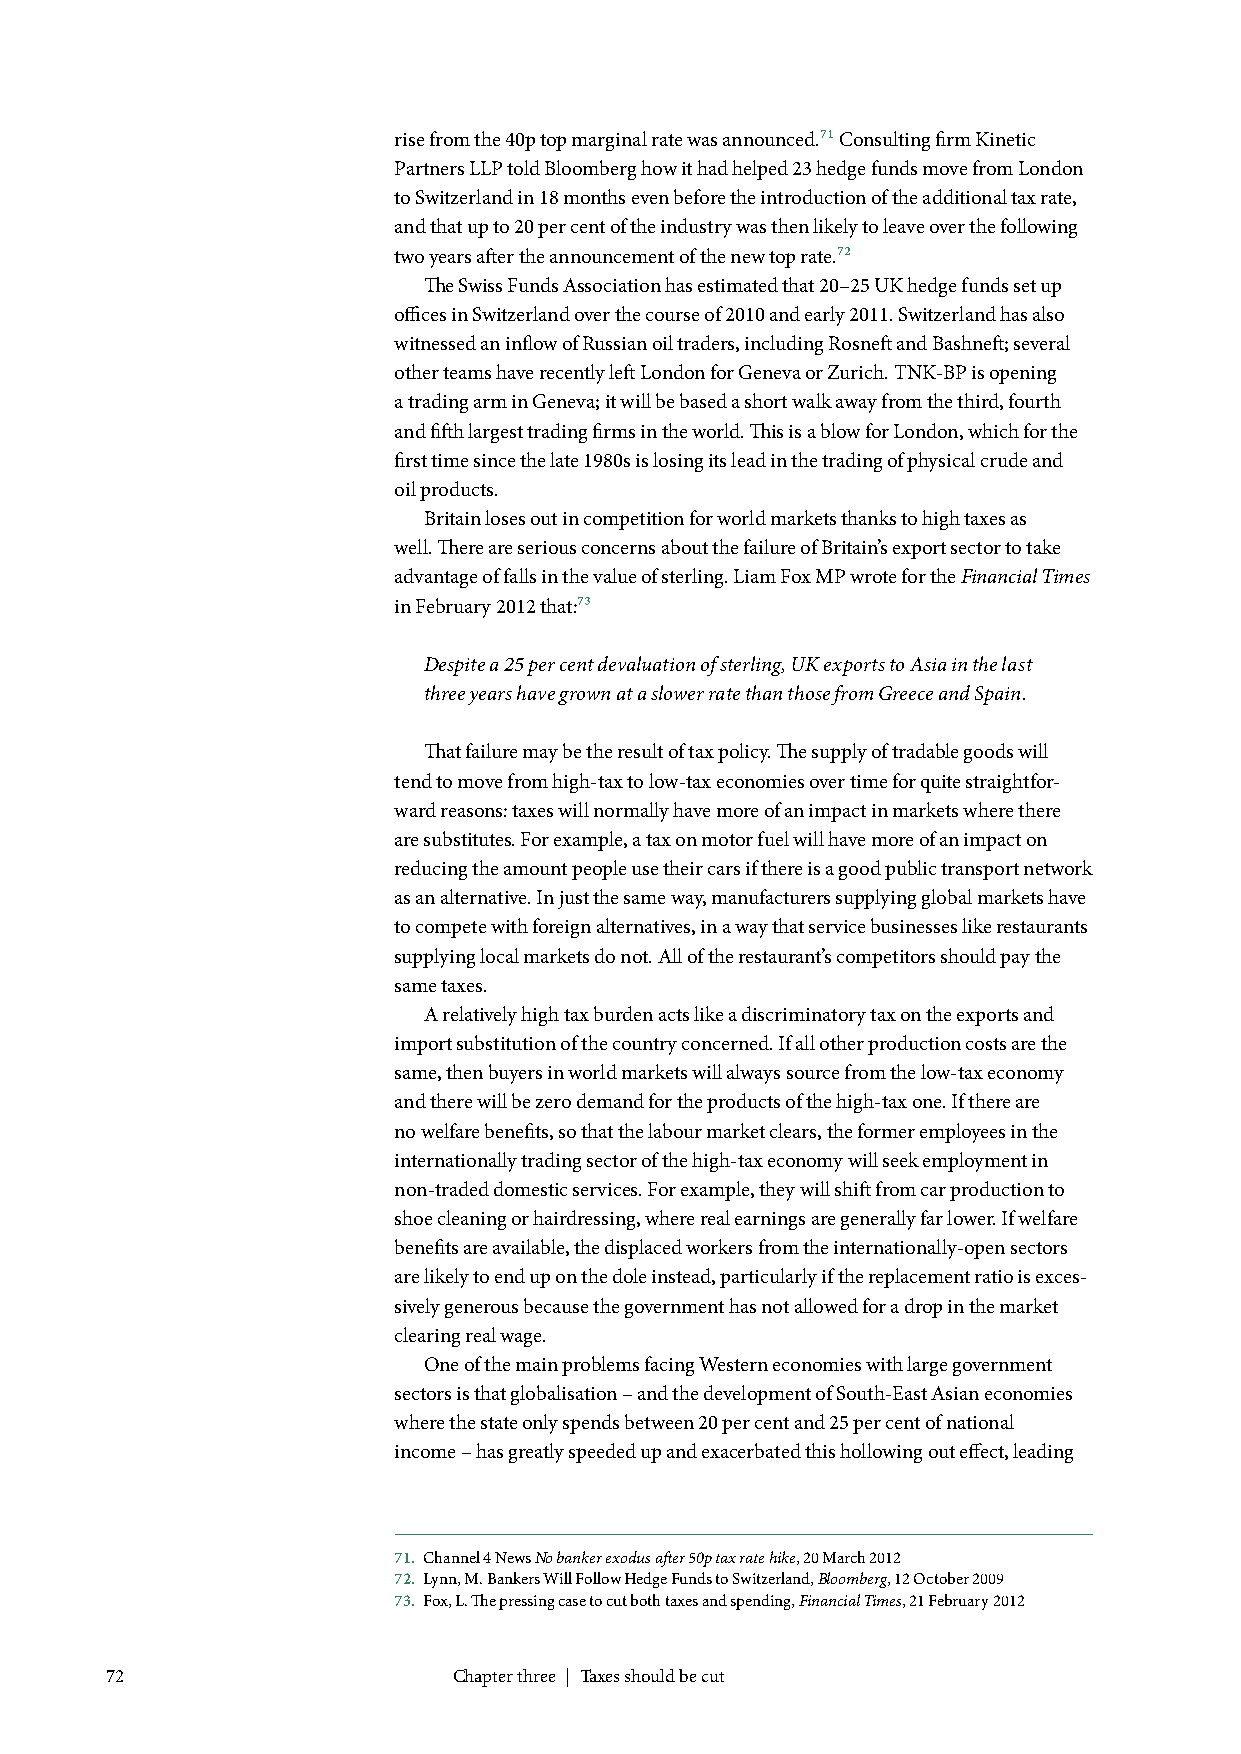
rise from the 40p top marginal rate was announced.71 Consulting firm Kinetic
 Partners LLP told Bloomberg how it had helped 23 hedge funds move from London
 to Switzerland in 18 months even before the introduction of the additional tax rate,
 and that up to 20 per cent of the industry was then likely to leave over the following
 two years after the announcement of the new top rate.72
 The Swiss Funds Association has estimated that 20–25 UK hedge funds set up
 offices in Switzerland over the course of 2010 and early 2011. Switzerland has also
 witnessed an inflow of Russian oil traders, including Rosneft and Bashneft; several
 other teams have recently left London for Geneva or Zurich. TNK-BP is opening
 a trading arm in Geneva; it will be based a short walk away from the third, fourth
 and fifth largest trading firms in the world. This is a blow for London, which for the
 first time since the late 1980s is losing its lead in the trading of physical crude and
 oil products.
 Britain loses out in competition for world markets thanks to high taxes as
 well. There are serious concerns about the failure of Britain’s export sector to take
 advantage of falls in the value of sterling. Liam Fox MP wrote for the Financial Times
 in February 2012 that:73
 Despite a 25 per cent devaluation of sterling, UK exports to Asia in the last
 three years have grown at a slower rate than those from Greece and Spain.
 That failure may be the result of tax policy. The supply of tradable goods will
 tend to move from high-tax to low-tax economies over time for quite straightfor-
 ward reasons: taxes will normally have more of an impact in markets where there
 are substitutes. For example, a tax on motor fuel will have more of an impact on
 reducing the amount people use their cars if there is a good public transport network
 as an alternative. In just the same way, manufacturers supplying global markets have
 to compete with foreign alternatives, in a way that service businesses like restaurants
 supplying local markets do not. All of the restaurant’s competitors should pay the
 same taxes.
 A relatively high tax burden acts like a discriminatory tax on the exports and
 import substitution of the country concerned. If all other production costs are the
 same, then buyers in world markets will always source from the low-tax economy
 and there will be zero demand for the products of the high-tax one. If there are
 no welfare benefits, so that the labour market clears, the former employees in the
 internationally trading sector of the high-tax economy will seek employment in
 non-traded domestic services. For example, they will shift from car production to
 shoe cleaning or hairdressing, where real earnings are generally far lower. If welfare
 benefits are available, the displaced workers from the internationally-open sectors
 are likely to end up on the dole instead, particularly if the replacement ratio is exces-
 sively generous because the government has not allowed for a drop in the market
 clearing real wage.
 One of the main problems facing Western economies with large government
 sectors is that globalisation – and the development of South-East Asian economies
 where the state only spends between 20 per cent and 25 per cent of national
 income – has greatly speeded up and exacerbated this hollowing out effect, leading
 71. Channel 4 News No banker exodus after 50p tax rate hike, 20 March 2012
 72. Lynn, M. Bankers Will Follow Hedge Funds to Switzerland, Bloomberg, 12 October 2009
 73. Fox, L. The pressing case to cut both taxes and spending, Financial Times, 21 February 2012
 72                     Chapter three | Taxes should be cut